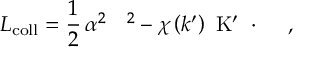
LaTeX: L _ { \mathrm { c o l l } } = \frac { 1 } { 2 } \, \alpha ^ { 2 } \mathrm { \boldmath ~ \Omega ~ } ^ { 2 } - \chi \left( k ^ { \prime } \right) \mathrm { \boldmath ~ K ^ { \prime } ~ } \cdot \mathrm { \boldmath ~ \Omega ~ } \ ,